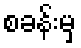
စခန်းမှ